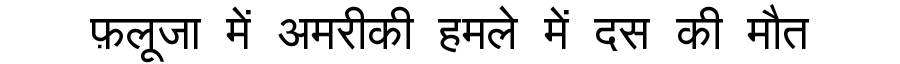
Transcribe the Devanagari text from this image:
फ़लूजा में अमरीकी हमले में दस की मौत